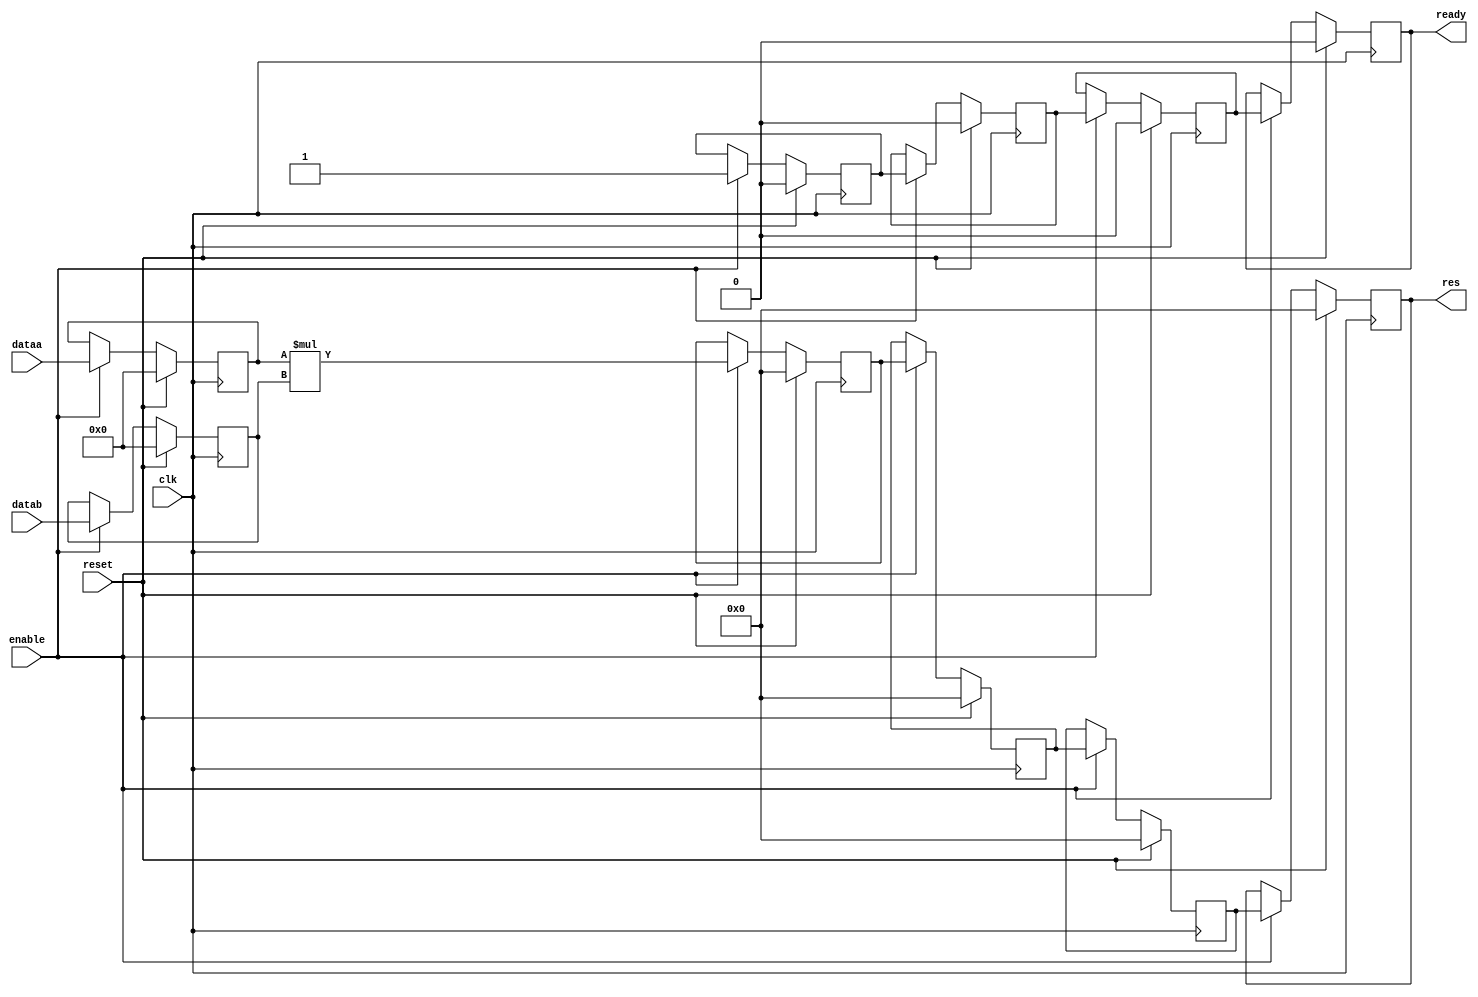
// 16 16-bit multiplier
// a pipelined version
(*use_dsp48 = "yes"*)
module p_multiplier (
  clk,
  enable,
  ready,
  reset,
  dataa,
  datab,
  res);

  // params
  parameter WIDTH = 8;
  parameter MULT_LATENCY = 3;

  // input ports
  input clk, reset, enable;
  input [WIDTH-1: 0] dataa, datab;

  //output ports
  output [2*WIDTH-1: 0] res;
  output ready;

  // internal signals
  reg[WIDTH-1: 0] rA, rB;
  reg[2*WIDTH-1: 0] M[MULT_LATENCY:0];
  reg ready_reg[MULT_LATENCY:0];

  integer i;
  initial begin
     for (i = 0; i < MULT_LATENCY+1; i = i+1) begin
        M[i] <= 0;
        ready_reg[i] <= 0;
     end
     rA <= 0;
     rB <= 0;
  end

  always @ (posedge clk)
  begin
    if (reset == 1'b1) begin
        for (i = 0; i < MULT_LATENCY+1; i = i+1) begin
           M[i] <= 0;
           ready_reg[i] <= 0;
        end
        rA <= 0;
        rB <= 0;
    end
    else begin
      if (enable) begin
        rA <= dataa;
        rB <= datab;
        M[0] <= rA * rB;
        ready_reg[0] <= 1;
        for (i = 0; i < MULT_LATENCY; i = i+1) begin
          M[i+1] <= M[i];
          ready_reg[i+1] <= ready_reg[i];
        end
      end
    end
  end

  assign res = M[MULT_LATENCY];
  assign ready = ready_reg[MULT_LATENCY];
endmodule